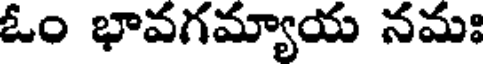
ఓం భావగమ్యాయ నమః